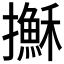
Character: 𢸫